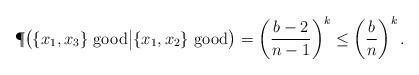
LaTeX: \begin{align*} \P\big( \{ x_1,x_3 \} \mbox{ good} \big| \{ x_1,x_2 \} \mbox{ good} \big) = \left( \frac{b-2}{n-1} \right)^k \leq \left( \frac{b}{n} \right)^k.\end{align*}